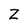
Character: Z